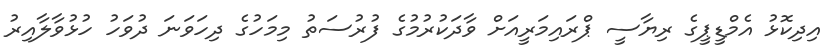
އިދިކޮޅު އެމްޑީޕީގެ ރިޔާސީ ޕްރައިމަރީއަށް ވާދަކުރުމުގެ ފުރުސަތު މިމަހުގެ ދިހަވަނަ ދުވަހު ހުޅުވާލާއިރު